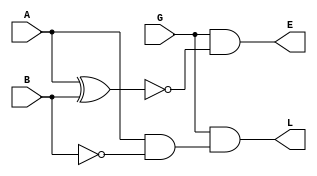
`timescale 1ns / 1ps
//////////////////////////////////////////////////////////////////////////////////
// Company: 
// Engineer: 
// 
// Design Name: 
// Module Name: code_Sosanh_4bit
// Project Name: 
// Target Devices: 
// Tool Versions: 
// Description: 
// 
// Dependencies: 
// 
// Revision:
// Revision 0.01 - File Created
// Additional Comments:
// 
//////////////////////////////////////////////////////////////////////////////////

module SS(
    input A,
    input B,
    input G,
    output L,
    output E
    );
    
    assign L = G&(A&(~B));
    assign E = G&(~(A^B));
endmodule

module code_Sosanh_4bit(
    input [3:0] A,
    input [3:0] B,
    input G,
    output L,
    output E
    );
   
    wire c1, c2, c3, d0, d1, d2, d3;
    SS S3 ( .A(A[3]), .B(B[3]), .G(G), .L(d3), .E(c3) );
    SS S2 ( .A(A[2]), .B(B[2]), .G(c3), .L(d2), .E(c2) );
    SS S1 ( .A(A[1]), .B(B[1]), .G(c2), .L(d1), .E(c1) );
    SS S0 ( .A(A[0]), .B(B[0]), .G(c1), .L(d0), .E(E) );
    
    assign L = d3|d2|d1|d0;
endmodule